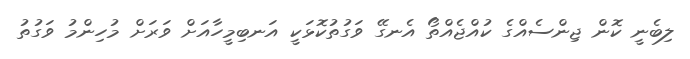
ލިބެނީ ކޮން ޖިންސެއްގެ ކުއްޖެއްތޯ އެނގޭ ވަގުތުކޮޅަކީ އަނބިމީހާއަށް ވަރަށް މުހިންމު ވަގުތު